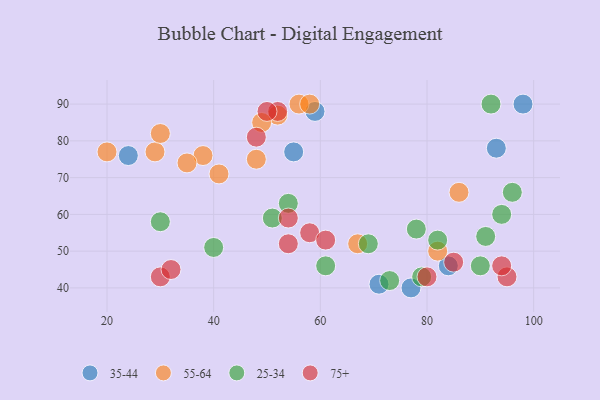
{"axis": {"x": "GDP", "y": "Life Expectancy"}, "legend": ["25-34", "35-44", "55-64", "75+"], "data": [{"x": "59", "y": 88, "type": "35-44"}, {"x": "24", "y": 76, "type": "35-44"}, {"x": "71", "y": 41, "type": "35-44"}, {"x": "93", "y": 78, "type": "35-44"}, {"x": "55", "y": 77, "type": "35-44"}, {"x": "77", "y": 40, "type": "35-44"}, {"x": "98", "y": 90, "type": "35-44"}, {"x": "84", "y": 46, "type": "35-44"}, {"x": "29", "y": 77, "type": "55-64"}, {"x": "67", "y": 52, "type": "55-64"}, {"x": "38", "y": 76, "type": "55-64"}, {"x": "56", "y": 90, "type": "55-64"}, {"x": "52", "y": 87, "type": "55-64"}, {"x": "58", "y": 90, "type": "55-64"}, {"x": "20", "y": 77, "type": "55-64"}, {"x": "41", "y": 71, "type": "55-64"}, {"x": "30", "y": 82, "type": "55-64"}, {"x": "82", "y": 50, "type": "55-64"}, {"x": "48", "y": 75, "type": "55-64"}, {"x": "35", "y": 74, "type": "55-64"}, {"x": "49", "y": 85, "type": "55-64"}, {"x": "86", "y": 66, "type": "55-64"}, {"x": "91", "y": 54, "type": "25-34"}, {"x": "69", "y": 52, "type": "25-34"}, {"x": "78", "y": 56, "type": "25-34"}, {"x": "54", "y": 63, "type": "25-34"}, {"x": "51", "y": 59, "type": "25-34"}, {"x": "79", "y": 43, "type": "25-34"}, {"x": "94", "y": 60, "type": "25-34"}, {"x": "73", "y": 42, "type": "25-34"}, {"x": "61", "y": 46, "type": "25-34"}, {"x": "40", "y": 51, "type": "25-34"}, {"x": "92", "y": 90, "type": "25-34"}, {"x": "82", "y": 53, "type": "25-34"}, {"x": "30", "y": 58, "type": "25-34"}, {"x": "96", "y": 66, "type": "25-34"}, {"x": "90", "y": 46, "type": "25-34"}, {"x": "54", "y": 52, "type": "75+"}, {"x": "30", "y": 43, "type": "75+"}, {"x": "95", "y": 43, "type": "75+"}, {"x": "80", "y": 43, "type": "75+"}, {"x": "58", "y": 55, "type": "75+"}, {"x": "32", "y": 45, "type": "75+"}, {"x": "54", "y": 59, "type": "75+"}, {"x": "94", "y": 46, "type": "75+"}, {"x": "85", "y": 47, "type": "75+"}, {"x": "52", "y": 88, "type": "75+"}, {"x": "50", "y": 88, "type": "75+"}, {"x": "48", "y": 81, "type": "75+"}, {"x": "61", "y": 53, "type": "75+"}]}